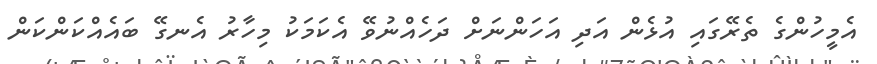
އެމީހުންގެ ތެރޭގައި އުޅެން އަދި އަހަންނަށް ދަހެއްނުވޭ އެކަމަކު މިހާރު އެނގޭ ބައެއްކަންކަން